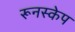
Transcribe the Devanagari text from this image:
रूनस्केप